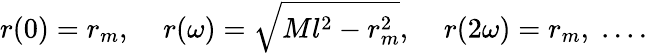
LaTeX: r(0)=r_{m},\; \; \; \; r(\omega)=\sqrt{Ml^{2}-r_{m}^{2}},\; \; \; \; r(2\omega)=r_{m},\; ....